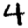
Digit: 4